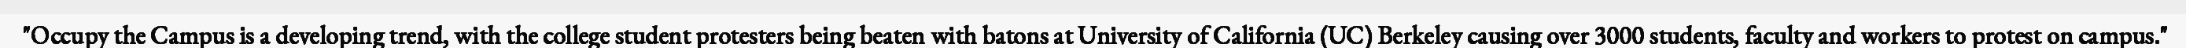
"Occupy the Campus is a developing trend, with the college student protesters being beaten with batons at University of California (UC) Berkeley causing over 3000 students, faculty and workers to protest on campus."